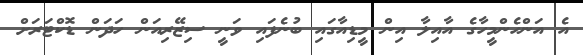
އެ އަންހެންމީހާގެ އާއިލާ އިން މީޑިއާގައި ބުނެފައި ވަނީ ސިޒޭރިއަން ހަދަން ޑޮކްޓަރަށް